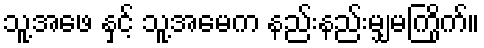
သူ့အဖေ နှင့် သူ့အမေက နည်းနည်းမျှမကြိုက်။